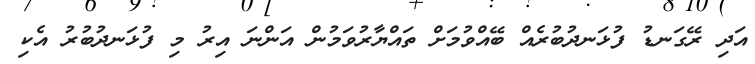
އަދި ރޭގަނޑު ފުޅަނދުބުރެއް ބޭއްވުމަށް ތައްޔާރުވަމުން އަންނަ އިރު މި ފުޅަނދުބުރު އެކި